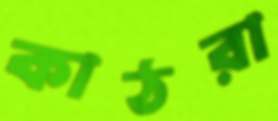
কাঠরা